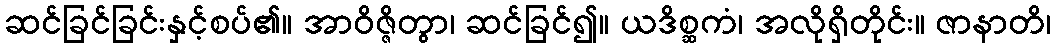
ဆင်ခြင်ခြင်းနှင့်စပ်၏။ အာဝိဇ္ဇိတွာ၊ ဆင်ခြင်၍။ ယဒိစ္ဆကံ၊ အလိုရှိတိုင်း။ ဇာနာတိ၊